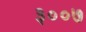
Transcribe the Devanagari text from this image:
३००७